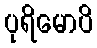
ပုရိမောပိ